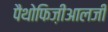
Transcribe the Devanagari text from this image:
पैथोफिज़ीआलजी